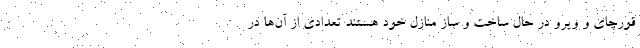
قورچای و ویرو در حال ساخت و ساز منازل خود هستند تعدادی از آن‌ها در